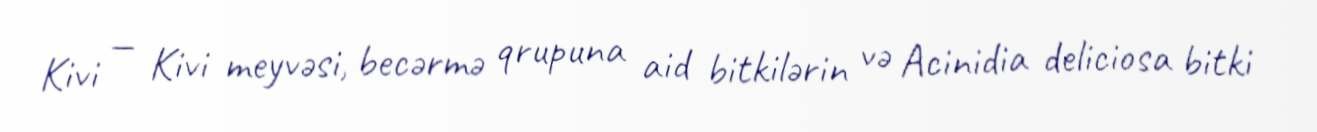
Kivi — Kivi meyvəsi, becərmə qrupuna aid bitkilərin və Acinidia deliciosa bitki